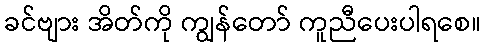
ခင်ဗျား အိတ်ကို ကျွန်တော် ကူညီပေးပါရစေ။